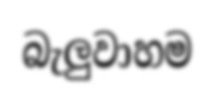
බැලුවාහම